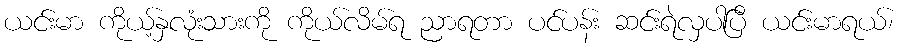
ယင်းမာ ကိုယ့်နှလုံးသားကို ကိုယ်လိမ်ရ ညာရတာ ပင်ပန်း ဆင်းရဲလှပါပြီ ယင်းမာရယ်၊